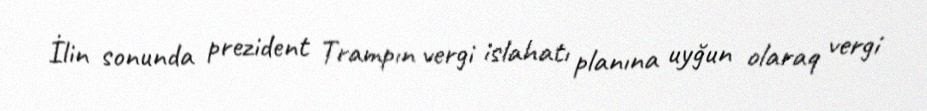
İlin sonunda prezident Trampın vergi islahatı planına uyğun olaraq vergi